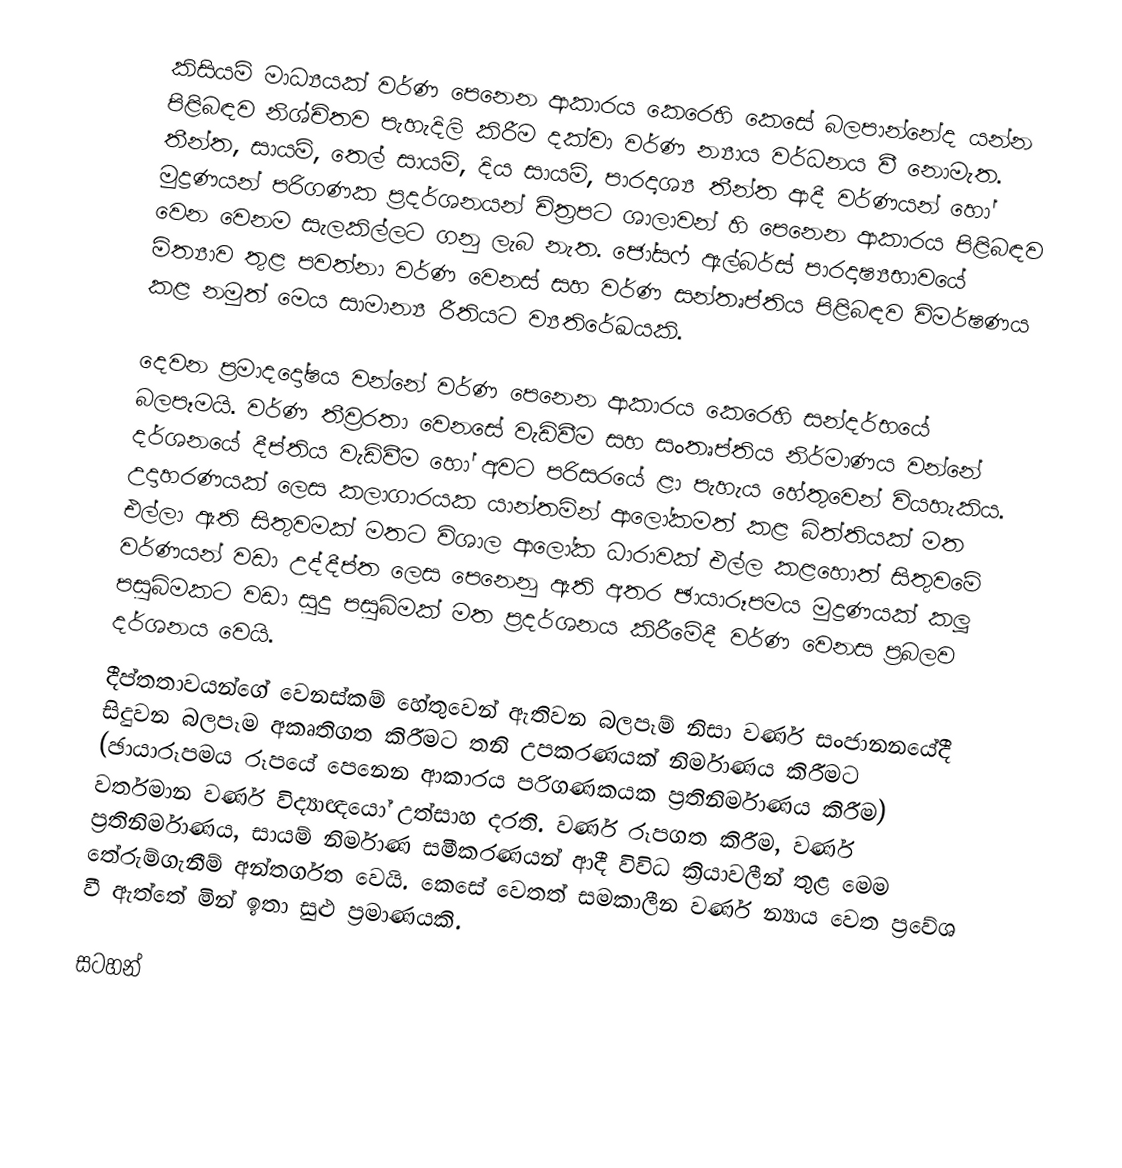
කිසියම් මාධ්‍යයක් වර්ණ පෙනෙන ආකාරය කෙරෙහි කෙසේ බලපාන්නේද යන්න පිළිබඳව නිශ්චිතව පැහැදිලි කිරීම දක්වා වර්ණ න්‍යාය වර්ධනය වී නොමැත. තීන්ත, සායම්, තෙල් සායම්, දිය සායම්, පාරදෘශ්‍ය තීන්ත ආදී වර්ණයන් හෝ මුද්‍රණයන් පරිගණක ප්‍රදර්ශනයන් චිත්‍රපට ශාලාවන් හි පෙනෙන ආකාරය පිළිබඳව වෙන වෙනම සැලකිල්ලට ගනු ලැබ නැත. ජෝසෆ් ඇල්බර්ස් පාරදෘෂ්‍යභාවයේ මිත්‍යාව තුළ පවත්නා වර්ණ වෙනස් සහ වර්ණ සන්තෘප්තිය පිළිබඳව විමර්ෂණය කළ නමුත් මෙය සාමාන්‍ය රීතියට ව්‍යතිරේඛයකි.

දෙවන ප්‍රමාදදෝෂය වන්නේ වර්ණ පෙනෙන ආකාරය කෙරෙහි සන්දර්භයේ බලපෑමයි. වර්ණ තීව්‍රරතා වෙනසේ වැඩිවීම සහ සංතෘප්තිය නිර්මාණය වන්නේ දර්ශනයේ දීප්තිය වැඩිවීම හෝ අවට පරිසරයේ ළා පැහැය හේතුවෙන් වියහැකිය. උදාහරණයක් ලෙස කලාගාරයක යාන්තමින් ආලෝකමත් කළ බිත්තියක් මත එල්ලා ඇති සිතුවමක් මතට විශාල ආලෝක ධාරාවක් එල්ල කළහොත් සිතුවමේ වර්ණයන් වඩා උද්දීප්ත ලෙස පෙනෙනු ඇති අතර ඡායාරූපමය මුද්‍රණයක් කලූ පසුබිමකට වඩා සුදු පසුබිමක් මත ප‍්‍රදර්ශනය කිරීමේදී වර්ණ වෙනස ප්‍රබලව දර්ශනය වෙයි.
දීප්තතාවයන්ගේ වෙනස්කම් හේතුවෙන් ඇතිවන බලපෑම් නිසා වර්ණ සංජානනයේදී සිදුවන බලපෑම අකෘතිගත කිරීමට තනි උපකරණයක් නිර්මාණය කිරීමට (ඡායාරූපමය රූපයේ පෙනෙන ආකාරය පරිගණකයක ප්‍රතිනිර්මාණය කිරීම) වර්තමාන වර්ණ විද්‍යාඥයෝ උත්සාහ දරති. වර්ණ රූපගත කිරීම, වර්ණ ප්‍රතිනිර්මාණය, සායම් නිර්මාණ සමීකරණයන් ආදී විවිධ ක්‍රියාවලීන් තුළ මෙම තේරුම්ගැනීම් අන්තර්ගත වෙයි. කෙසේ වෙතත් සමකාලීන වර්ණ න්‍යාය වෙත ප්‍රවේශ වී ඇත්තේ මින් ඉතා සුළු ප්‍රමාණයකි.

සටහන්